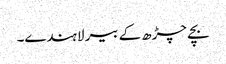
بچے چڑھ کے بیر لاہندے۔